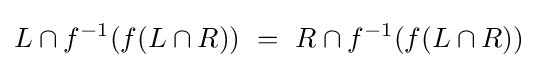
L\cap f^{-1}(f(L\cap R))~=~R\cap f^{-1}(f(L\cap R))